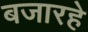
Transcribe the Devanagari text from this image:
बजारहे